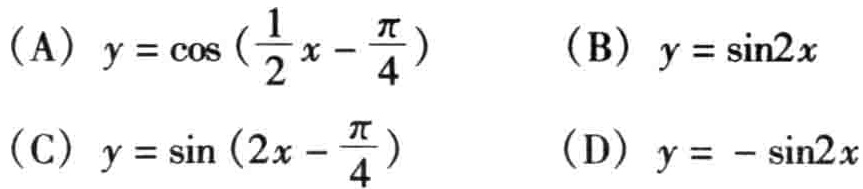
(A) \(y = \cos\left(\frac{1}{2}x-\frac{\pi}{4}\right)\)  (B) \(y = \sin2x\)

(C) \(y = \sin\left(2x - \frac{\pi}{4}\right)\)  (D) \(y = -\sin2x\)